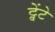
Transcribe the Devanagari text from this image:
ट्वेंटे